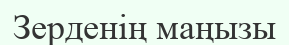
Зерденің маңызы